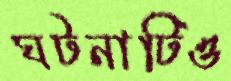
ঘটনাটিও